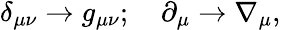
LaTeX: \begin{array}{r}{\delta_{\mu\nu}\rightarrow g_{\mu\nu};\quad\partial_{\mu}\rightarrow\nabla_{\mu},}\end{array}